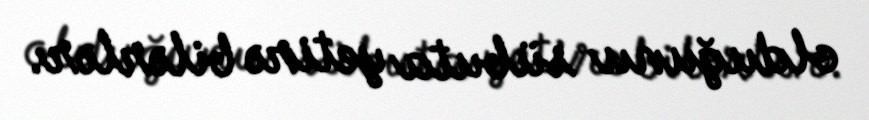
olduğunu sübuta yetirə bilərlər.